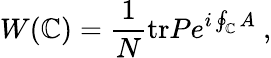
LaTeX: W(\mathbb{C})={\frac{{1}}{{N}}}\mathrm{{tr}}Pe^{i\oint_{\mathbb{C}}A}\ ,